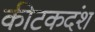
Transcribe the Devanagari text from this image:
कीटकदंश